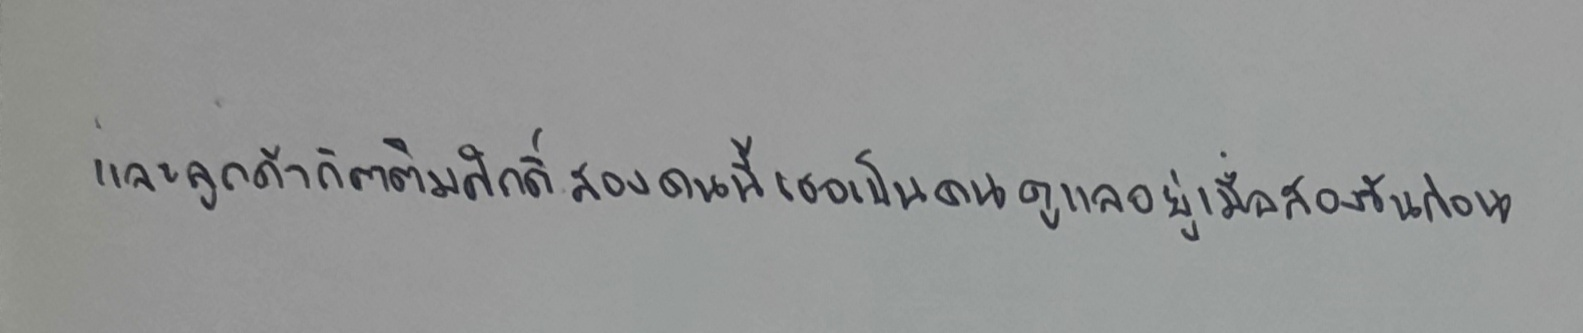
เพราะลูกค้ากิตติมศักดิ์สองคนนี้เธอเป็นคนดูแลอยู่เมื่อสองวันก่อน